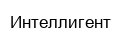
Интеллигент